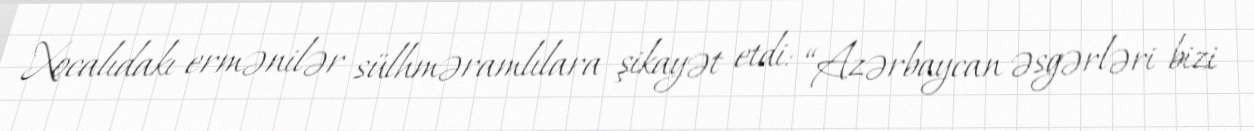
Xocalıdakı ermənilər sülhməramlılara şikayət etdi: “Azərbaycan əsgərləri bizi